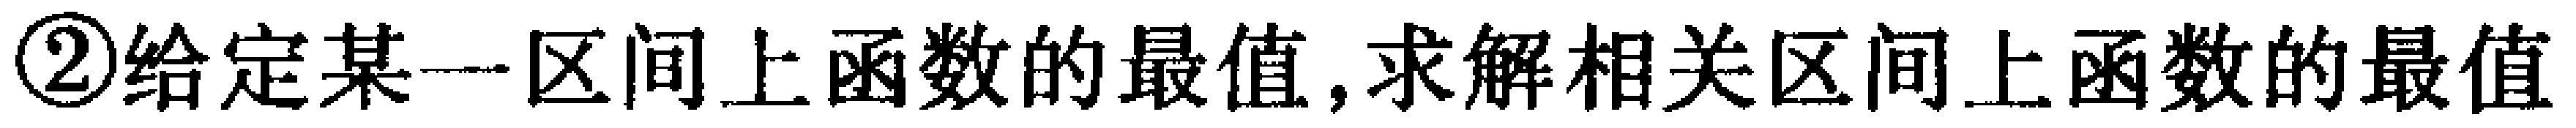
\textcircled{2}给定某一区间上函数的最值,求解相关区间上函数的最值